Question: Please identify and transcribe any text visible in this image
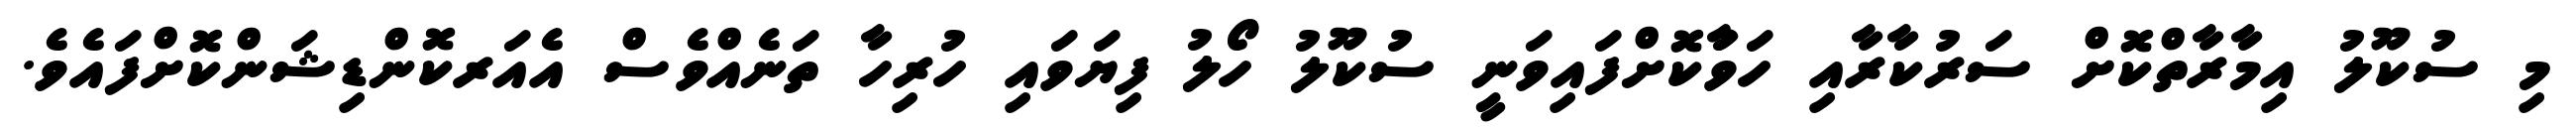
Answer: މި ސުކޫލު އިމާރާތްކޮށް ސަރުކާރާއި ހަވާުކޮށްފައިވަނީ ސުކޫލު ހޯލު ފިޔަވައި ހުރިހާ ތަނެއްވެސް އެއަރކޮންޑިޝަންކޮށްފައެވެ.